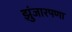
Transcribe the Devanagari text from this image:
झुंजारपणा